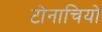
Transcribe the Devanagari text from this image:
टोनाचियो